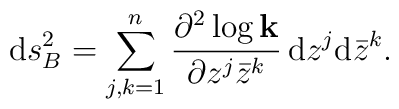
{\rm d}s^2_B=\sum_{j,k=1}^n {\partial^2 \log {\bf k}\over \partial z^j \bar z^k}\,{\rm d}z^j {\rm d}\bar z^k.